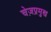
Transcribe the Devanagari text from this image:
चेज़प्रमुख